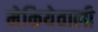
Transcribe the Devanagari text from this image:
मेकियेवाली